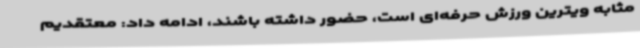
مثابه ویترین ورزش حرفه‌ای است، حضور داشته باشند، ادامه داد: معتقدیم